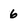
Character: 6